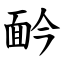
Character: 䩂